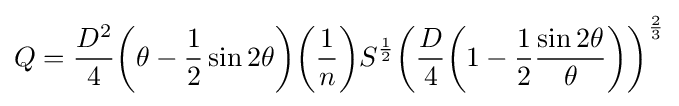
Q={\frac {D^{2}}{4}}{\biggl (}\theta -{\frac {1}{2}}\sin 2\theta {\biggr )}{\biggl (}{\frac {1}{n}}{\biggr )}S^{\frac {1}{2}}{{{\biggl (}{\frac {D}{4}}{\biggl (}1-{\frac {1}{2}}{\frac {\sin 2\theta }{\theta }}{\biggr )}{\biggr )}}^{\frac {2}{3}}}